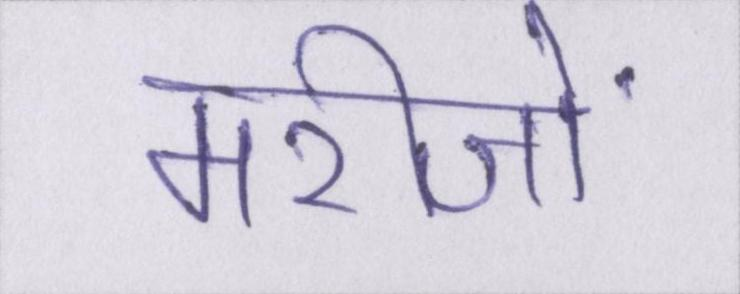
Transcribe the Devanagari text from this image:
मरीजों